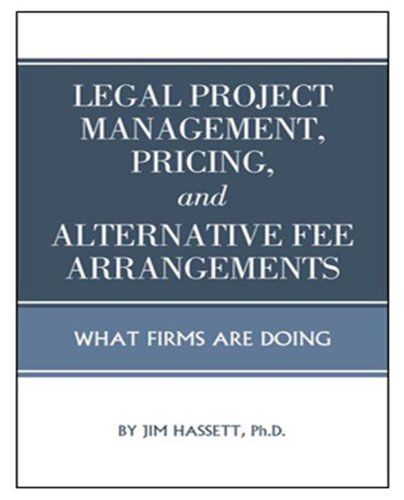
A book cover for Legal Project Management, Pricing, and Alternative Fee Arrangements; Jim Hassett; Law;